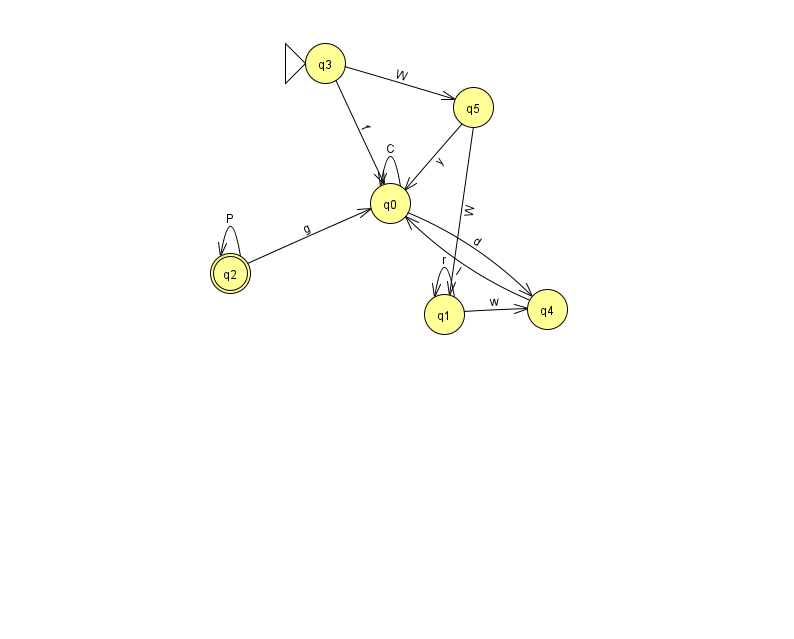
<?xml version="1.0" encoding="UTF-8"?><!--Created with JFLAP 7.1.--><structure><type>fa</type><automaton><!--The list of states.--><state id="0" name="q0"><x>390.0</x><y>190.0</y></state><state id="1" name="q1"><x>444.0</x><y>301.0</y></state><state id="2" name="q2"><x>230.0</x><y>260.0</y><final/></state><state id="3" name="q3"><x>325.0</x><y>50.0</y><initial/></state><state id="4" name="q4"><x>547.0</x><y>296.0</y></state><state id="5" name="q5"><x>473.0</x><y>94.0</y></state><!--The list of transitions.--><transition><from>2</from><to>2</to><read>P</read></transition><transition><from>3</from><to>5</to><read>W</read></transition><transition><from>1</from><to>1</to><read>r</read></transition><transition><from>0</from><to>0</to><read>C</read></transition><transition><from>0</from><to>4</to><read>d</read></transition><transition><from>5</from><to>1</to><read>W</read></transition><transition><from>5</from><to>0</to><read>y</read></transition><transition><from>1</from><to>4</to><read>w</read></transition><transition><from>4</from><to>0</to><read>I</read></transition><transition><from>2</from><to>0</to><read>g</read></transition><transition><from>3</from><to>0</to><read>f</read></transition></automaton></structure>